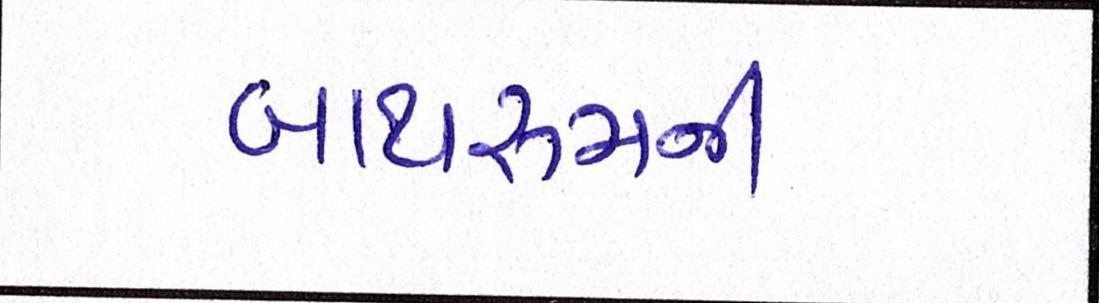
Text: બાથરૂમની